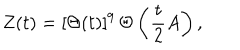
LaTeX: Z ( t ) = [ \Theta ( t ) ] ^ { 9 } \, \Theta \left( { \frac { t } { 2 } } A \right) ,